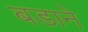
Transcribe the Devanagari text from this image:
बडाने